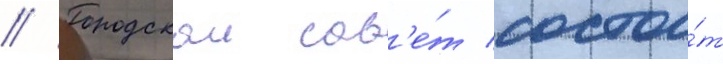
// Городскои сов'е́т состои́т